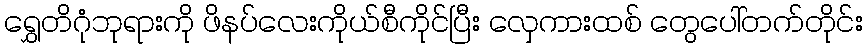
ရွှေတိဂုံဘုရားကို ဖိနပ်လေးကိုယ်စီကိုင်ပြီး လှေကားထစ် တွေပေါ်တက်တိုင်း